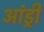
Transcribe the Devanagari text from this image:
आंड्री